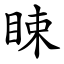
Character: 䀳